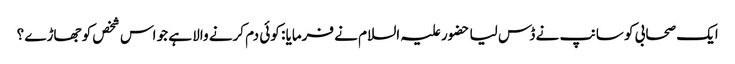
ایک صحابی کو سانپ نے ڈس لیا حضور علیہ السلام نے فرمایا : کوئی دم کرنے والا ہے جو اس شخص کو جھاڑے ؟